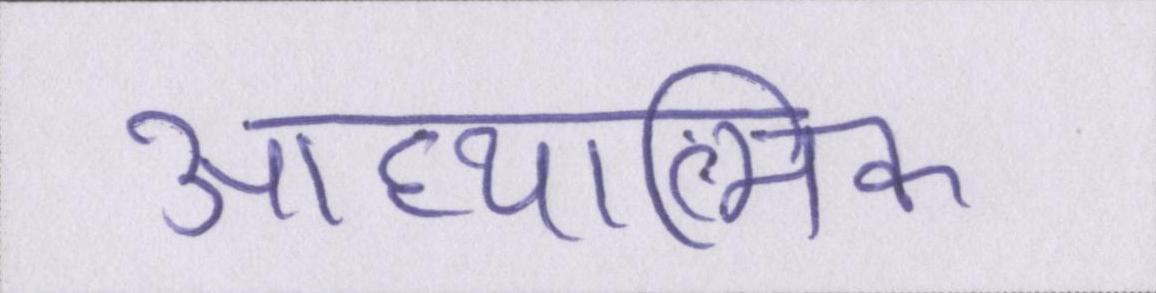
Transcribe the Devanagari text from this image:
आध्यात्मिक